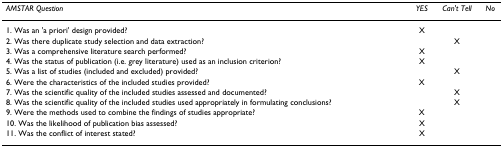
<table><thead><tr><td><b><i>AMSTAR Question</i></b></td><td><b><i>YES</i></b></td><td><b><i>Can&#x27;t Tell</i></b></td><td><b><i>No</i></b></td></tr></thead><tbody><tr><td>1. Was an &#x27;a priori&#x27; design provided?</td><td>X</td><td></td><td></td></tr><tr><td>2. Was there duplicate study selection and data extraction?</td><td></td><td>X</td><td></td></tr><tr><td>3. Was a comprehensive literature search performed?</td><td>X</td><td></td><td></td></tr><tr><td>4. Was the status of publication (i.e. grey literature) used as an inclusion criterion?</td><td>X</td><td></td><td></td></tr><tr><td>5. Was a list of studies (included and excluded) provided?</td><td></td><td>X</td><td></td></tr><tr><td>6. Were the characteristics of the included studies provided?</td><td>X</td><td></td><td></td></tr><tr><td>7. Was the scientific quality of the included studies assessed and documented?</td><td></td><td>X</td><td></td></tr><tr><td>8. Was the scientific quality of the included studies used appropriately in formulating conclusions?</td><td></td><td>X</td><td></td></tr><tr><td>9. Were the methods used to combine the findings of studies appropriate?</td><td>X</td><td></td><td></td></tr><tr><td>10. Was the likelihood of publication bias assessed?</td><td>X</td><td></td><td></td></tr><tr><td>11. Was the conflict of interest stated?</td><td>X</td><td></td><td></td></tr></tbody></table>